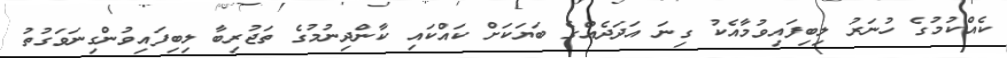
ކެއްކުމުގެ ހުނަރު ލިބިފައިވުމާއެކު ގިނަ އަދަދެއްގެ ބަޔަކަށް ކައްކައި ކާންދިނުމުގެ ތަޖުރިބާ ލިބިފައިވުންގިނަވަގުތު